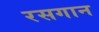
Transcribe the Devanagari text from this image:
रसगान